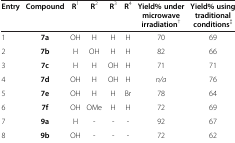
<table><thead><tr><td><b>Entry</b></td><td><b>Compound</b></td><td><b>R<sup>1</sup></b></td><td><b>R<sup>2</sup></b></td><td><b>R<sup>3</sup></b></td><td><b>R<sup>4</sup></b></td><td><b>Yield% under microwave irradiation<sup>†</sup></b></td><td><b>Yield% using traditional conditions<sup>‡</sup></b></td></tr></thead><tbody><tr><td>1</td><td><b>7a</b></td><td>OH</td><td>H</td><td>H</td><td>H</td><td>70</td><td>69</td></tr><tr><td>2</td><td><b>7b</b></td><td>H</td><td>OH</td><td>H</td><td>H</td><td>82</td><td>66</td></tr><tr><td>3</td><td><b>7c</b></td><td>H</td><td>H</td><td>OH</td><td>H</td><td>71</td><td>71</td></tr><tr><td>4</td><td><b>7d</b></td><td>OH</td><td>H</td><td>OH</td><td>H</td><td><i>n/a</i></td><td>76</td></tr><tr><td>5</td><td><b>7e</b></td><td>OH</td><td>H</td><td>H</td><td>Br</td><td>78</td><td>64</td></tr><tr><td>6</td><td><b>7f</b></td><td>OH</td><td>OMe</td><td>H</td><td>H</td><td>72</td><td>69</td></tr><tr><td>7</td><td><b>9a</b></td><td>H</td><td>-</td><td>-</td><td>-</td><td>92</td><td>67</td></tr><tr><td>8</td><td><b>9b</b></td><td>OH</td><td>-</td><td>-</td><td>-</td><td>72</td><td>62</td></tr></tbody></table>